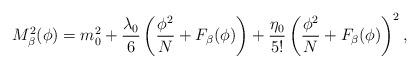
LaTeX: \begin{align*}M^2_{\beta}(\phi)=m^2_0+\frac{\lambda_0}{6}\left( \frac{\phi^2}{N}+F_{\beta}(\phi)\right) + \frac{\eta_0}{5!} \left( \frac{\phi^2}{N}+ F_{\beta}(\phi)\right)^2,\end{align*}